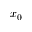
x _ { 0 }